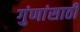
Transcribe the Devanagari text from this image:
गुंणांसाठी